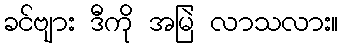
ခင်ဗျား ဒီကို အမြဲ လာသလား။